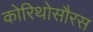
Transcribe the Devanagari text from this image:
कोरिथोसौरस